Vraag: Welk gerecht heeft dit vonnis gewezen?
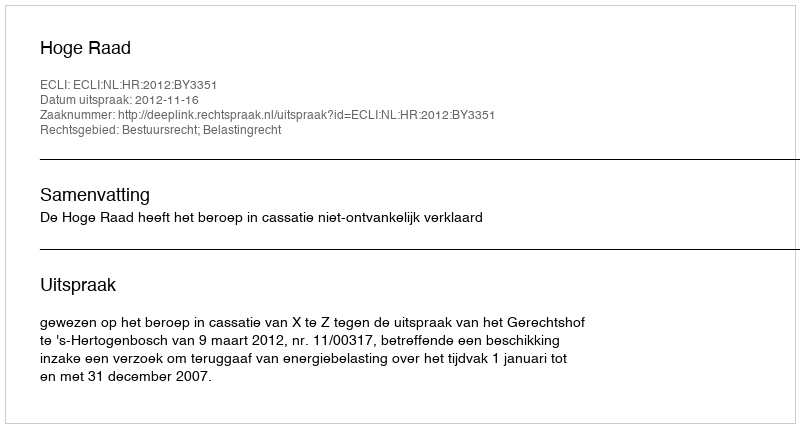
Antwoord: Hoge Raad